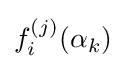
f_{i}^{(j)}(\alpha _{k})